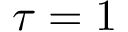
\tau = 1